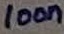
Text: 100n